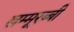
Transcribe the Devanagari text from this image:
खम्मूरब्बी